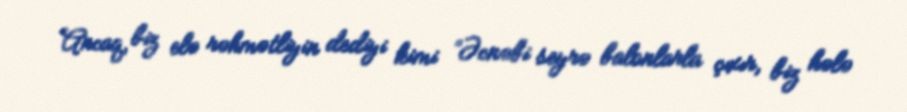
Ancaq, biz elə rəhmətliyin dediyi kimi ”Əcnəbi seyrə balonlarla çıxır, biz hələ